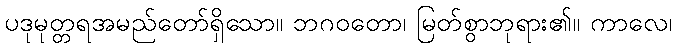
ပဒုမုတ္တရအမည်တော်ရှိသော။ ဘဂဝတော၊ မြတ်စွာဘုရား၏။ ကာလေ၊